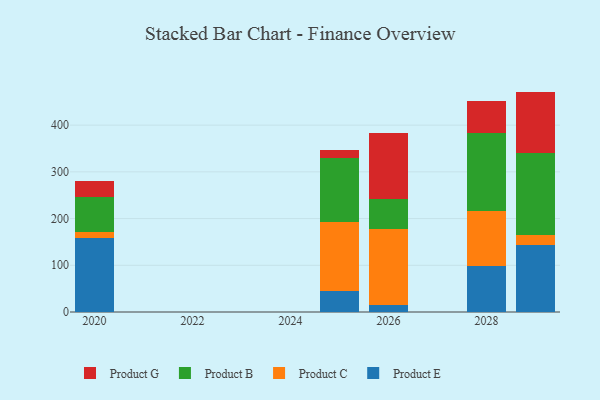
{"axis": {"x": "Year", "y": "Satisfaction Score"}, "legend": ["Product B", "Product C", "Product E", "Product G"], "data": [{"x": "2020", "y": 158.9, "type": "Product E"}, {"x": "2020", "y": 13.0, "type": "Product C"}, {"x": "2020", "y": 74.6, "type": "Product B"}, {"x": "2020", "y": 33.4, "type": "Product G"}, {"x": "2029", "y": 142.4, "type": "Product E"}, {"x": "2029", "y": 22.9, "type": "Product C"}, {"x": "2029", "y": 175.0, "type": "Product B"}, {"x": "2029", "y": 131.5, "type": "Product G"}, {"x": "2026", "y": 15.7, "type": "Product E"}, {"x": "2026", "y": 162.5, "type": "Product C"}, {"x": "2026", "y": 64.7, "type": "Product B"}, {"x": "2026", "y": 141.0, "type": "Product G"}, {"x": "2025", "y": 45.0, "type": "Product E"}, {"x": "2025", "y": 148.6, "type": "Product C"}, {"x": "2025", "y": 135.8, "type": "Product B"}, {"x": "2025", "y": 18.4, "type": "Product G"}, {"x": "2028", "y": 97.8, "type": "Product E"}, {"x": "2028", "y": 117.6, "type": "Product C"}, {"x": "2028", "y": 167.2, "type": "Product B"}, {"x": "2028", "y": 68.6, "type": "Product G"}]}